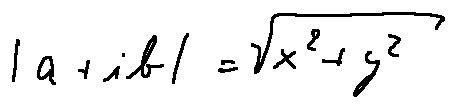
| a + i b | = \sqrt { x ^ { 2 } + y ^ { 2 } }